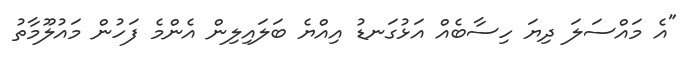
"އެ މައްސަލަ ދިޔަ ހިސާބެއް އަޅުގަނޑު އިއްޔެ ބަލައިލިން އެންމެ ފަހުން މައުލޫމާތު